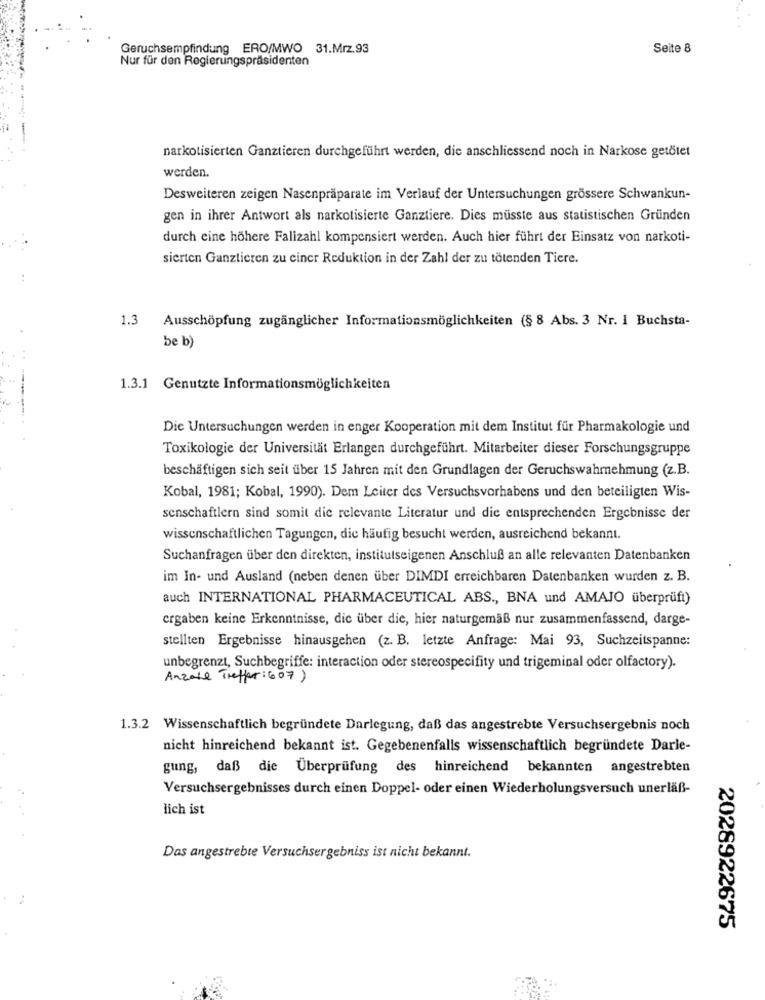
Geruchsempfindung ERO/MWO 31.Mrz.93
Seite 8
Nur für den Regierungspräsidenten
narkotisierten Ganztieren durchgeführt werden, die anschliessend noch in Narkose getötet
werden.
Desweiteren zeigen Nasenpräparate im Verlauf der Untersuchungen grössere Schwankun-
gen in ihrer Antwort als narkotisierte Ganztiere. Dies müsste aus statistischen Gründen
durch eine höhere Falizahl kompensiert werden. Auch hier führt der Einsatz von narkoti-
sierten Ganzlieren zu einer Reduktion in der Zahl der zu tötenden Tiere.
1.3 Ausschöpfung zugänglicher Informationsmöglichkeiten (§ 8 Abs. 3 Nr. 1 Buchsta-
be b)
1.3.1 Genutzte Informationsmöglichkeiten
Die Untersuchungen werden in enger Kooperation mit dem Institut für Pharmakologie und
Toxikologie der Universität Erlangen durchgeführt. Mitarbeiter dieser Forschungsgruppe
beschäftigen sich seit über 15 Jahren mit den Grundlagen der Geruchswahrnehmung (z.B.
Kobal, 1981; Kobal, 1990). Dem Leiter des Versuchsvorhabens und den beteiligten Wis-
senschaftlern sind somit die relevante Literatur und die entsprechenden Ergebnisse der
wissenschaftlichen Tagungen, die häufig besucht werden, ausreichend bekannt.
Suchanfragen über den direkten, institutseigenen Anschluß an alle relevanten Datenbanken
im In- und Ausland (neben denen über DIMDI erreichbaren Datenbanken wurden z. B.
auch INTERNATIONAL PHARMACEUTICAL ABS ., BNA und AMAJO überprüft)
ergaben keine Erkenntnisse, die über die, hier naturgemäß nur zusammenfassend, darge-
stellten Ergebnisse hinausgehen (z. B. letzte Anfrage: Mai 93, Suchzeitspanne:
unbegrenzt, Suchbegriffe: interaction oder stereospecifity und trigeminal oder olfactory).
Anzoll Treffer: 607)
1.3.2 Wissenschaftlich begründete Darlegung, daß das angestrebte Versuchsergebnis noch
nicht hinreichend bekannt ist. Gegebenenfalls wissenschaftlich begründete Darle-
gung, daß die Überprüfung des hinreichend bekannten angestrebten
Versuchsergebnisses durch einen Doppel- oder einen Wiederholungsversuch unerläß-
lich ist
Das angestrebte Versuchsergebniss ist nicht bekannt.
2028922675